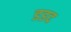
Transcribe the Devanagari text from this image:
डडद